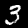
Digit: 3